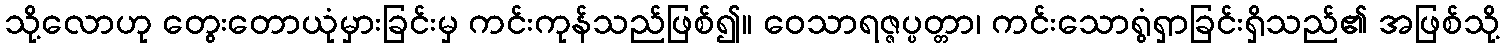
သို့လောဟု တွေးတောယုံမှားခြင်းမှ ကင်းကုန်သည်ဖြစ်၍။ ဝေသာရဇ္ဇပ္ပတ္တာ၊ ကင်းသောရွံရှာခြင်းရှိသည်၏ အဖြစ်သို့